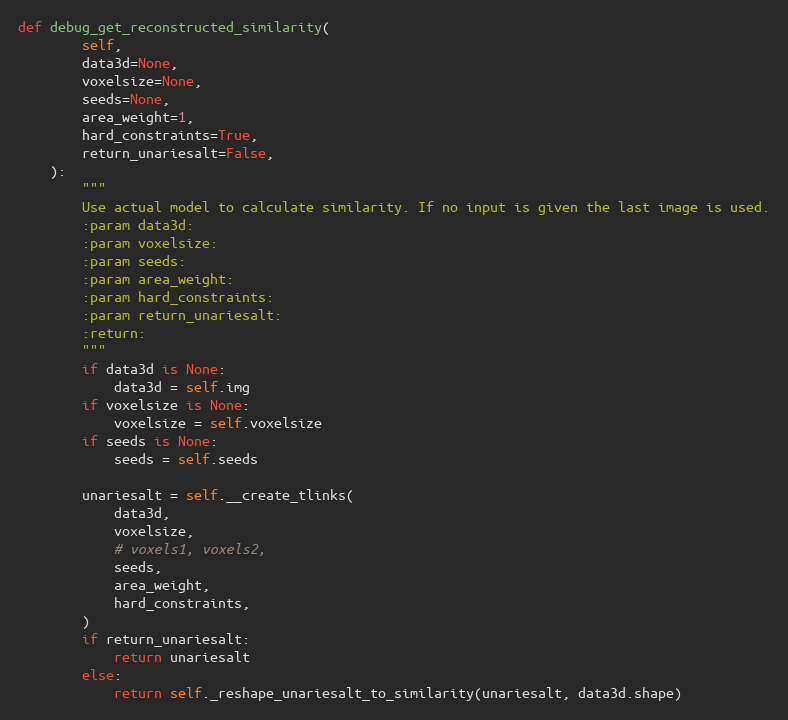
Language: Python
def debug_get_reconstructed_similarity(
        self,
        data3d=None,
        voxelsize=None,
        seeds=None,
        area_weight=1,
        hard_constraints=True,
        return_unariesalt=False,
    ):
        """
        Use actual model to calculate similarity. If no input is given the last image is used.
        :param data3d:
        :param voxelsize:
        :param seeds:
        :param area_weight:
        :param hard_constraints:
        :param return_unariesalt:
        :return:
        """
        if data3d is None:
            data3d = self.img
        if voxelsize is None:
            voxelsize = self.voxelsize
        if seeds is None:
            seeds = self.seeds

        unariesalt = self.__create_tlinks(
            data3d,
            voxelsize,
            # voxels1, voxels2,
            seeds,
            area_weight,
            hard_constraints,
        )
        if return_unariesalt:
            return unariesalt
        else:
            return self._reshape_unariesalt_to_similarity(unariesalt, data3d.shape)